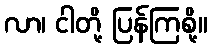
လာ၊ ငါတို့ ပြန်ကြစို့။